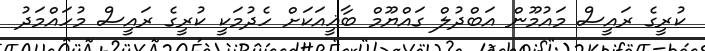
ކުރީގެ ރައީސް މައުމޫން އަބްދުލް ގައްޔޫމް ބާޣީއަކަށް ހެދުމަކީ ކުރީގެ ރައީސް މުހައްމަދު